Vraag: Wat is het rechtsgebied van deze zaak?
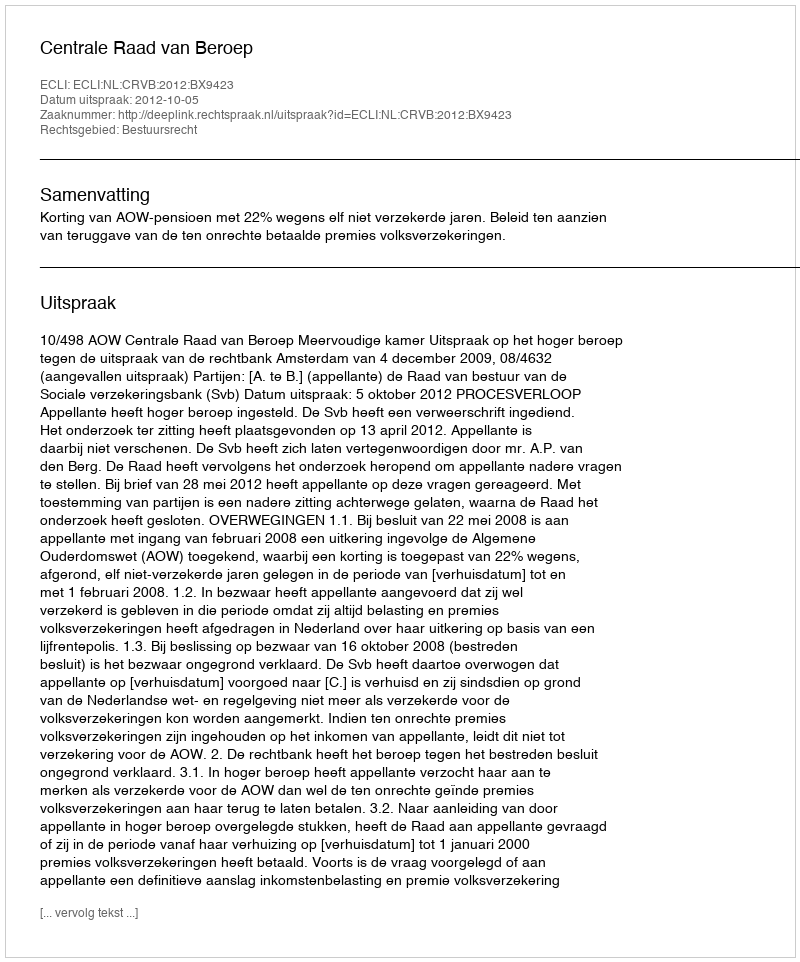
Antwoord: Bestuursrecht